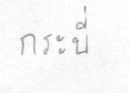
กระบี่